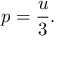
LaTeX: p = { \frac { u } { 3 } } .